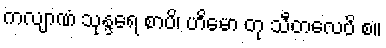
ကလျာဏံ သုန္ဒရေ စာပိ၊ ဟိမော တု သီတလေပိ စ။